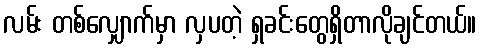
လမ်း တစ်လျှောက်မှာ လှပတဲ့ ရှခင်းတွေရှိတာလိုချင်တယ်။